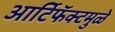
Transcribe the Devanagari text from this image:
आर्टिफॅक्टमुळे